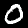
Label: 0